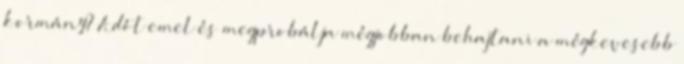
kormány? Adót emel és megprobálja mégjobban behajtani a mégkevesebb